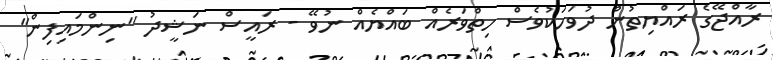
ރާއްޖޭގެ ރައްޔިތުން ދުވަހަކުވެސް ހިތްވަރެއް ބައްޔެއް ނުވޭ - ރައީސް ނަޝީދު "ނިންމައިފިން"